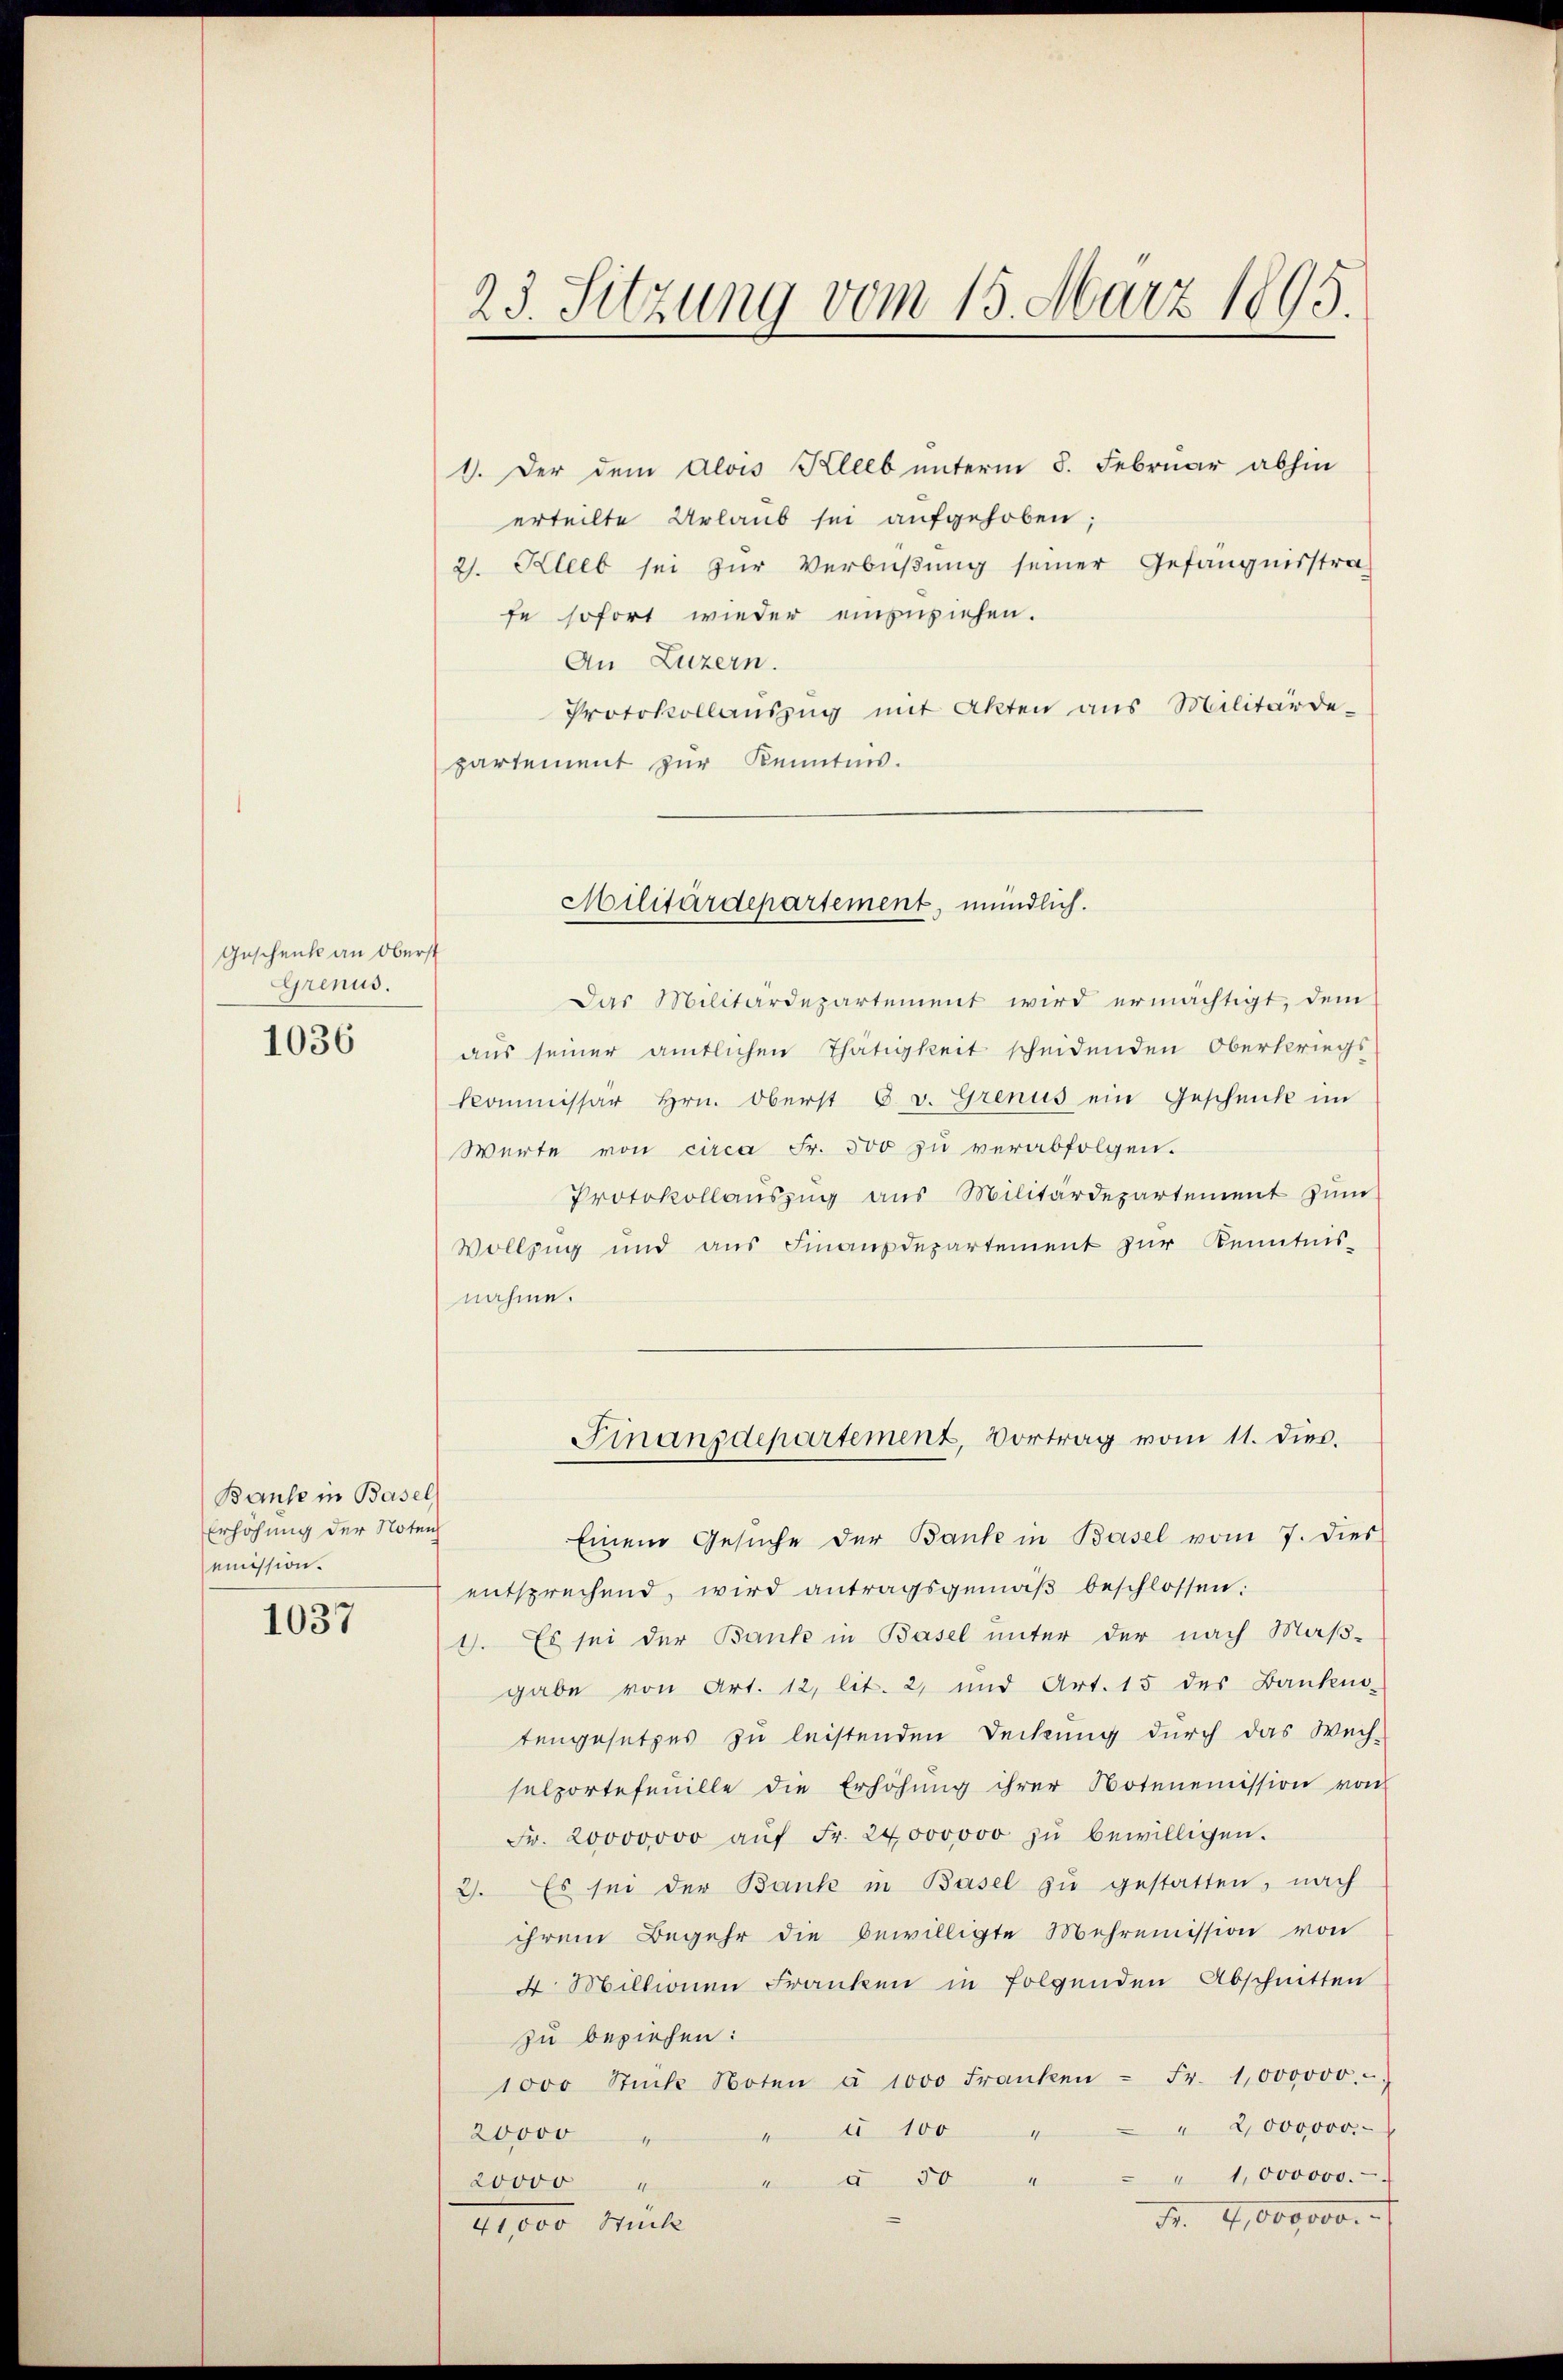
Geschenk an Oberst
Grenus.

1036

Bause in Basel
Erhöhung der Noten
emission.

1037

1. Der dem Alois Kleeb unterm 8. Februar abhin
erteilte Urlaub sei aufgehoben;
2. Kleeb sei zŭr Verbüßung seiner Gefängnisstra
fe sofort wieder einzuziehen.
An Luzern.
Protokollauszug mit Akten aus Militärde-
partement zur Kenntnis.

Das Militärdepartement wird ermächtigt, dem
aus seiner amtlichen Thätigkeit scheidenden Oberkriegs
Kommissär Hrn. Oberst 6. v. Grenus ein Geschnik im
Werte von circa Fr. 500 zu verabfolgen.
Protokollauszug aus Militärdepartement zum
Vollzug und aus Finanzdepartement zur Kenntnis-
nahme.

23. Sitzung vom 15. März 1895.

Militärdepartement, mündlich.

Finanzdepartement, Vortrag vom 11. dies.

Einem Gesŭche der Banke in Basel vom 7. dies
entsprechend, wird antragsgemäβ beschlossen:
1. Es sei der Bank in Basel unter der nach Maß-
gabe von Art. 12, lit. 2, und Art. 15 des Bankens-
tengesetzes zu leistenden Deckung durch das Weih-
selportefeuille die Erhöhŭng ihrer Notenemission von
Fr. 20000000 aŭf Fr. 24000000 zŭ bewilligen.
3. Es sei der Bank in Basel zu gestatten, nach
ihrem Begehr die bewilligte Mehrenission von
4. Millionen Franken in folgenden Abschnitten
zu beziehen:
1000 Stücke Noten à 1000 Franken - Fr. 1000000.
" 2,000000.
t
" 100
20000
" 1. 000000.
..........................
20000
Nr. 4,000,000.
uck